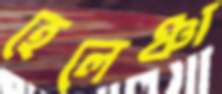
হেলেঞ্চা